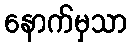
နောက်မှသာ